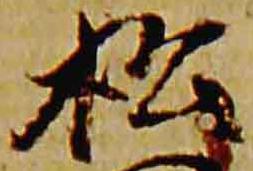
松